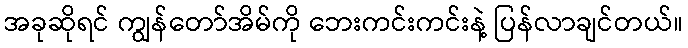
အခုဆိုရင် ကျွန်တော်အိမ်ကို ဘေးကင်းကင်းနဲ့ ပြန်လာချင်တယ်။